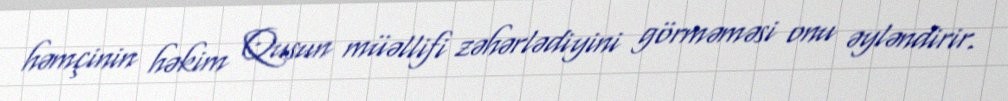
həmçinin həkim Qusun müəllifi zəhərlədiyini görməməsi onu əyləndirir.